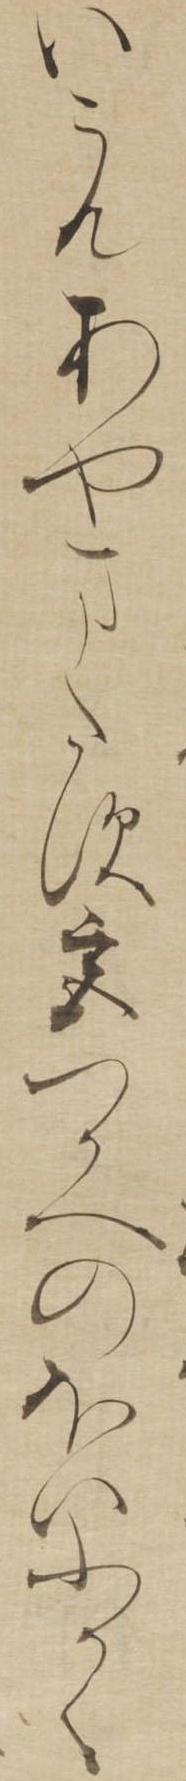
いこんあやまたす宮つかへのほいふかく